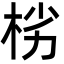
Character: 㭞